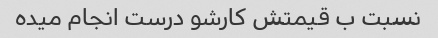
نسبت ب قیمتش کارشو درست انجام میده